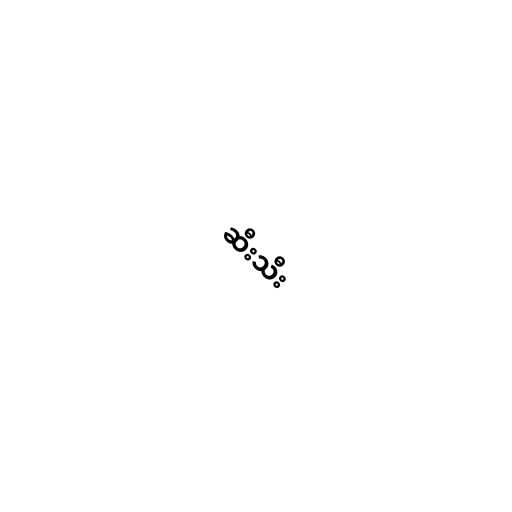
ဆီးသီး